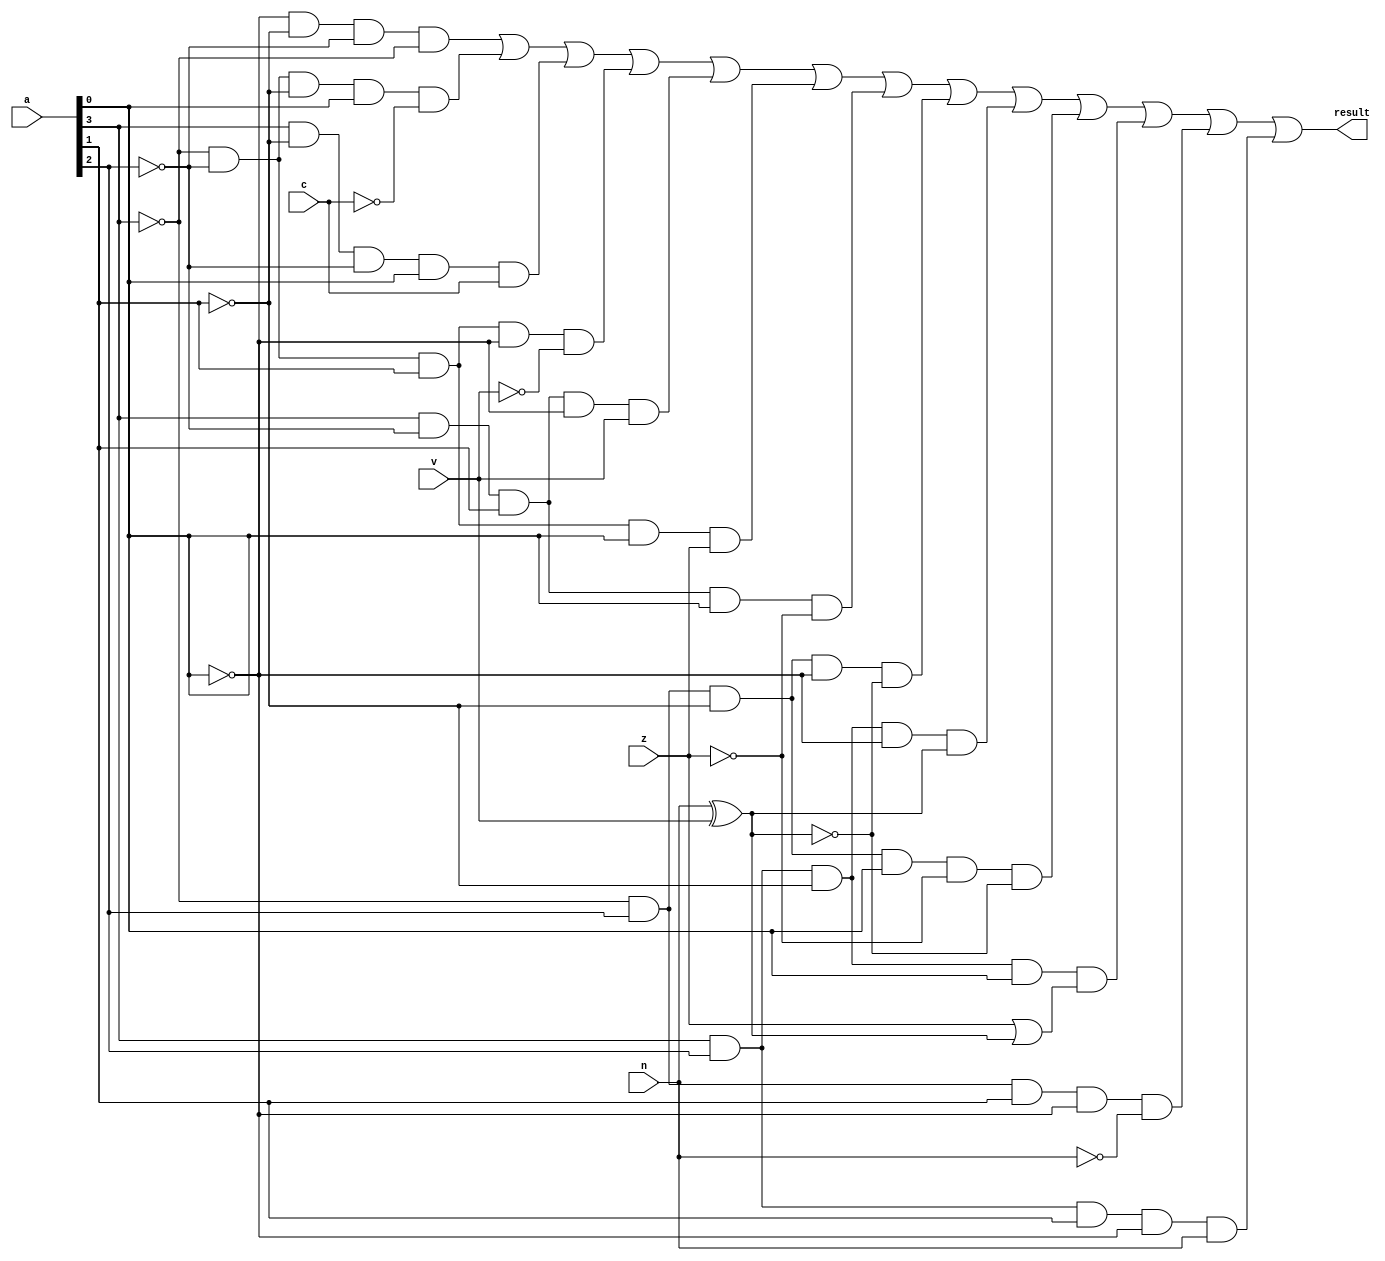
module testcc(a,c,z,n,v,result);
	
	parameter gatedelay = 3;
	
	input [3:0] a;
	input c,z,n,v;
	output result;

	wire w1,w2,w3,w4,w5,w6,w7,w8,w9,w11;
	wire w12,w13,w14,w15,w16,w17,w18,w19,w20;
	wire w21,w22,w23,w24,w25;
	wire result;
	
	not #(gatedelay) not1(w1,a[0]);
	not #(gatedelay) not2(w2,a[1]);
	not #(gatedelay) not3(w3,a[2]);
	not #(gatedelay) not4(w4,a[3]);
	not #(gatedelay) not5(w5,c);
	not #(gatedelay) not6(w6,n);
	not #(gatedelay) not7(w7,z);
	not #(gatedelay) not8(w8,v);
	
	and #(gatedelay) and1(w9,w1,w2,w3,w4);
	and #(gatedelay) and2(w11,w4,w3,w2,a[0],w5);
	and #(gatedelay) and3(w12,a[3],w2,w3,a[0],c);
	and #(gatedelay) and4(w13,w4,w3,a[1],w1,w8);
	and #(gatedelay) and5(w14,a[3],w3,a[1],w1,v);
	and #(gatedelay) and6(w15,w4,w3,a[1],a[0],z);
	and #(gatedelay) and7(w16,a[3],w3,a[1],a[0],w7);
	
	xor #(gatedelay) xor11(w17,n,v);
	not #(gatedelay) not12(w18,w17);
	and #(gatedelay) and13(w19,w4,a[2],w2,w1,w18);
	and #(gatedelay) and14(w20,a[3],a[2],w2,w1,w17);
	and #(gatedelay) and15(w21,w4,a[2],w2,a[0],w7,w18);
	
	or #(gatedelay) or16(w22,z,w17);
	and #(gatedelay) and17(w23,a[3],a[2],w2,a[0],w22);
	and #(gatedelay) and18(w24,w4,a[2],a[1],w1,w6);
	and #(gatedelay) and19(w25,a[3],a[2],a[1],w1,n);
	
	or #(gatedelay) or20(result,w9,w11,w12,w13,w14,w15,w16,w19,w20,w21,w23,w24,w25);

	

endmodule